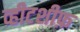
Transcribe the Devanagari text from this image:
व्हीटशीफ़